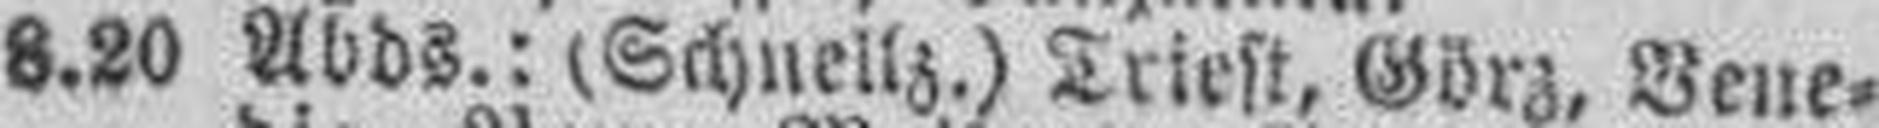
8.20 Abds.: (Schnellz.) Triest, Görz, Vene¬